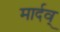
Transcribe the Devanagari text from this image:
मार्दव्